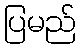
ပြမည်